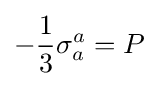
-{1 \over 3}\sigma _{a}^{a}=P